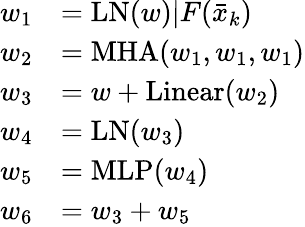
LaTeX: \begin{array}{rl}{w_{1}}&{=\mathrm{LN}(w)|F(\bar{x}_{k})}\\ {w_{2}}&{=\mathrm{MHA}(w_{1},w_{1},w_{1})}\\ {w_{3}}&{=w+\mathrm{Linear}(w_{2})}\\ {w_{4}}&{=\mathrm{LN}(w_{3})}\\ {w_{5}}&{=\mathrm{MLP}(w_{4})}\\ {w_{6}}&{=w_{3}+w_{5}}\end{array}